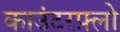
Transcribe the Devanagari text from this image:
काउंटरफ़्लो